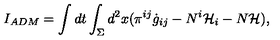
I _ { A D M } = \int d t \int _ { \Sigma } d ^ { 2 } x ( \pi ^ { i j } \dot { g } _ { i j } - N ^ { i } { \cal H } _ { i } - N { \cal H } ) ,